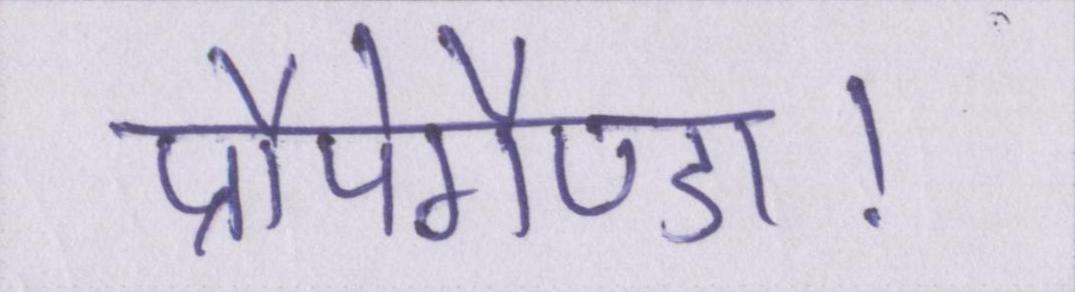
प्रौपेगैण्डा।